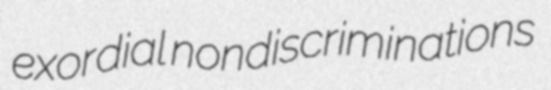
exordial nondiscriminations